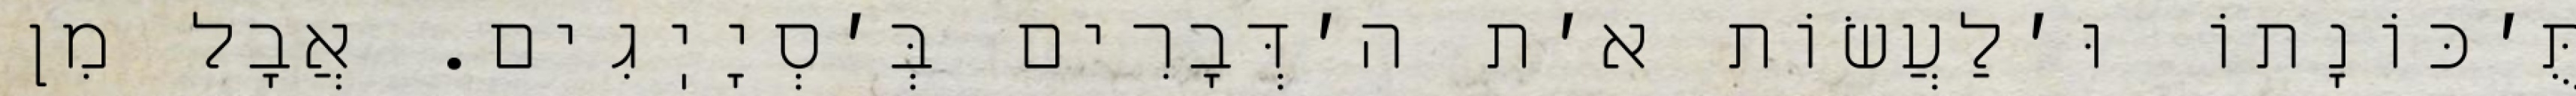
תֻּ׳כּוֹנָתוֹ וּ׳לַעֲשׂוֹת א׳ת ה׳דְּבָרִים בְּ׳סְיָיֽגִים. אֲבָל מִן